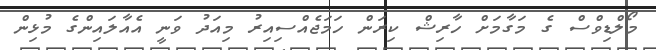
މޯލްޑިވްސް ގެ މަގާމަށް ހާރިޝް ކިރަން ހަމަޖެއްސިއިރު މިއަދު ވަނީ އެއާލައިންގެ މުޅިން